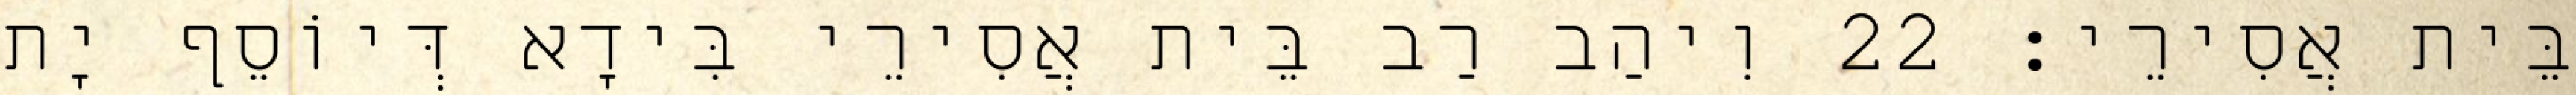
בֵּית אֲסִירֵי׃ 22 וִיהַב רַב בֵּית אֲסִירֵי בִּידָא דְּיוֹסֵף יָת